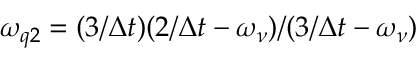
\omega _ { q 2 } = ( 3 / \Delta t ) ( 2 / \Delta t - \omega _ { \nu } ) / ( 3 / \Delta t - \omega _ { \nu } )